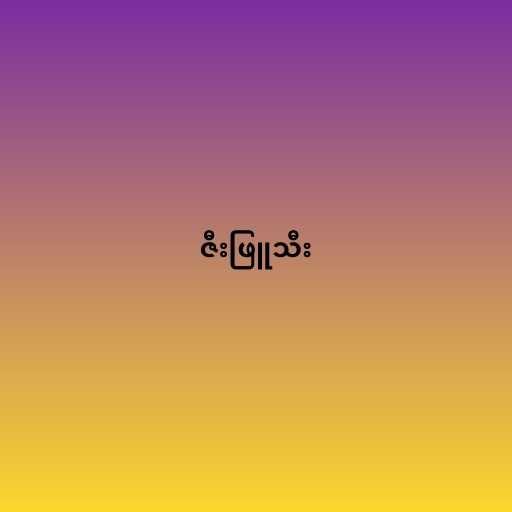
ဇီးဖြူသီး